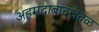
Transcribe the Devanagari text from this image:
अहमदाबादजवळ